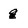
Character: g